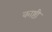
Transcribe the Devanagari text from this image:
काष्ठी